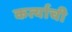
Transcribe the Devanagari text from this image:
कर्त्याची